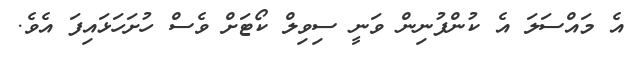
އެ މައްސަލަ އެ ކުންފުނިން ވަނީ ސިވިލް ކޯޓަށް ވެސް ހުށަހަޅައިފަ އެވެ.